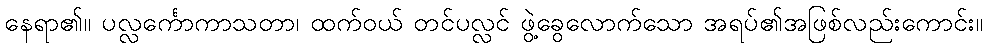
နေရာ၏။ ပလ္လင်္ကောကာသတာ၊ ထက်ဝယ် တင်ပလ္လင် ဖွဲ့ခွေလောက်သော အရပ်၏အဖြစ်လည်းကောင်း။